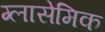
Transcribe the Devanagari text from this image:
ग्लासेमिक